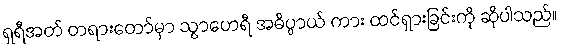
ရှရီအတ် တရားတော်မှာ သွာဟေရီ အဓိပ္ပာယ် ကား ထင်ရှားခြင်းကို ဆိုပါသည်။